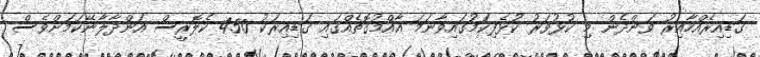
ގަޑިއިރެއްހާއިރު ވަންދެން މި ކުޅުވަރު ކުޅެފިކަމުގައިވާނަމަ އާއްމުގޮތެއްގައި ގަޑިއިރަކު 450 ކެލޮރީސް އަންދާލާނޭކަމަށްވެސް